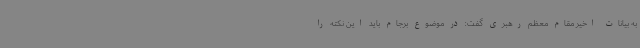
به بیانات اخیر مقام معظم رهبری گفت: در موضوع برجام باید این نکته را